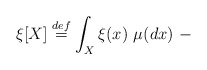
\begin{align*} \xi[X] \stackrel{def}{=} \int_X \xi(x) \ \mu(dx) \ -\end{align*}